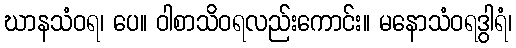
ဃာနသံဝရ၊ ပေ။ ဝါစာသိဝရလည်းကောင်း။ မနောသံဝရဒွါရံ၊